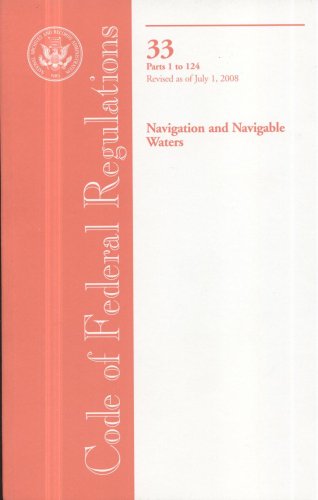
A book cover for Code of Federal Regulations, Title 33, Navigation and Navigable Waters, Pt. 1-124, Revised as of July 1, 2008; Law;